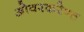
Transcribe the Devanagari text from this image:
ओवरकरेण्त